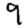
Digit: 9